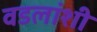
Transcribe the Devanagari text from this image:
वडलांशी